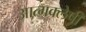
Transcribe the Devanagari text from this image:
आत्मक्लेषी